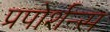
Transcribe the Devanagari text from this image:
प्रपोर्शन्स